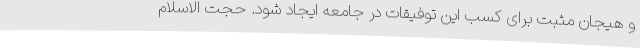
و هیجان مثبت برای کسب این توفیقات در جامعه ایجاد شود. حجت الاسلام